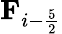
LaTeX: \textbf{F}_{i-\frac{5}{2}}